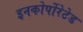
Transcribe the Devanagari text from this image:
इनकोर्पोरेटेड